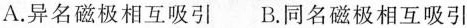
A.异名磁极相互吸引B.同名磁极相互吸引